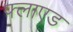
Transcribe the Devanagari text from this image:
फ्लाएड